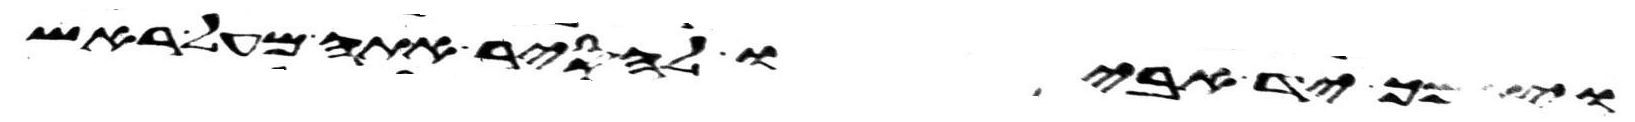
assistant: ויתמך יד אביו להסיר אתה מעל ראש